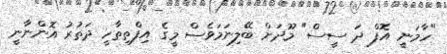
"ހާމަނީ އޮފް ދަ ސީސް" މޫދަށް ބޭލިނަމަވެސް މީގެ އިފްތިތާހީ ދަތުރު އޮންނާނީ